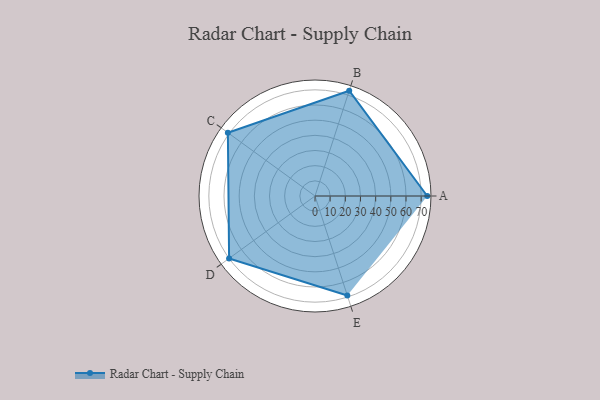
{"axis": {"x": "Skill", "y": "Score"}, "legend": ["Profile"], "data": [{"x": "A", "y": 74.0, "type": "Profile"}, {"x": "B", "y": 73.0, "type": "Profile"}, {"x": "C", "y": 71.0, "type": "Profile"}, {"x": "D", "y": 70.0, "type": "Profile"}, {"x": "E", "y": 69.0, "type": "Profile"}]}